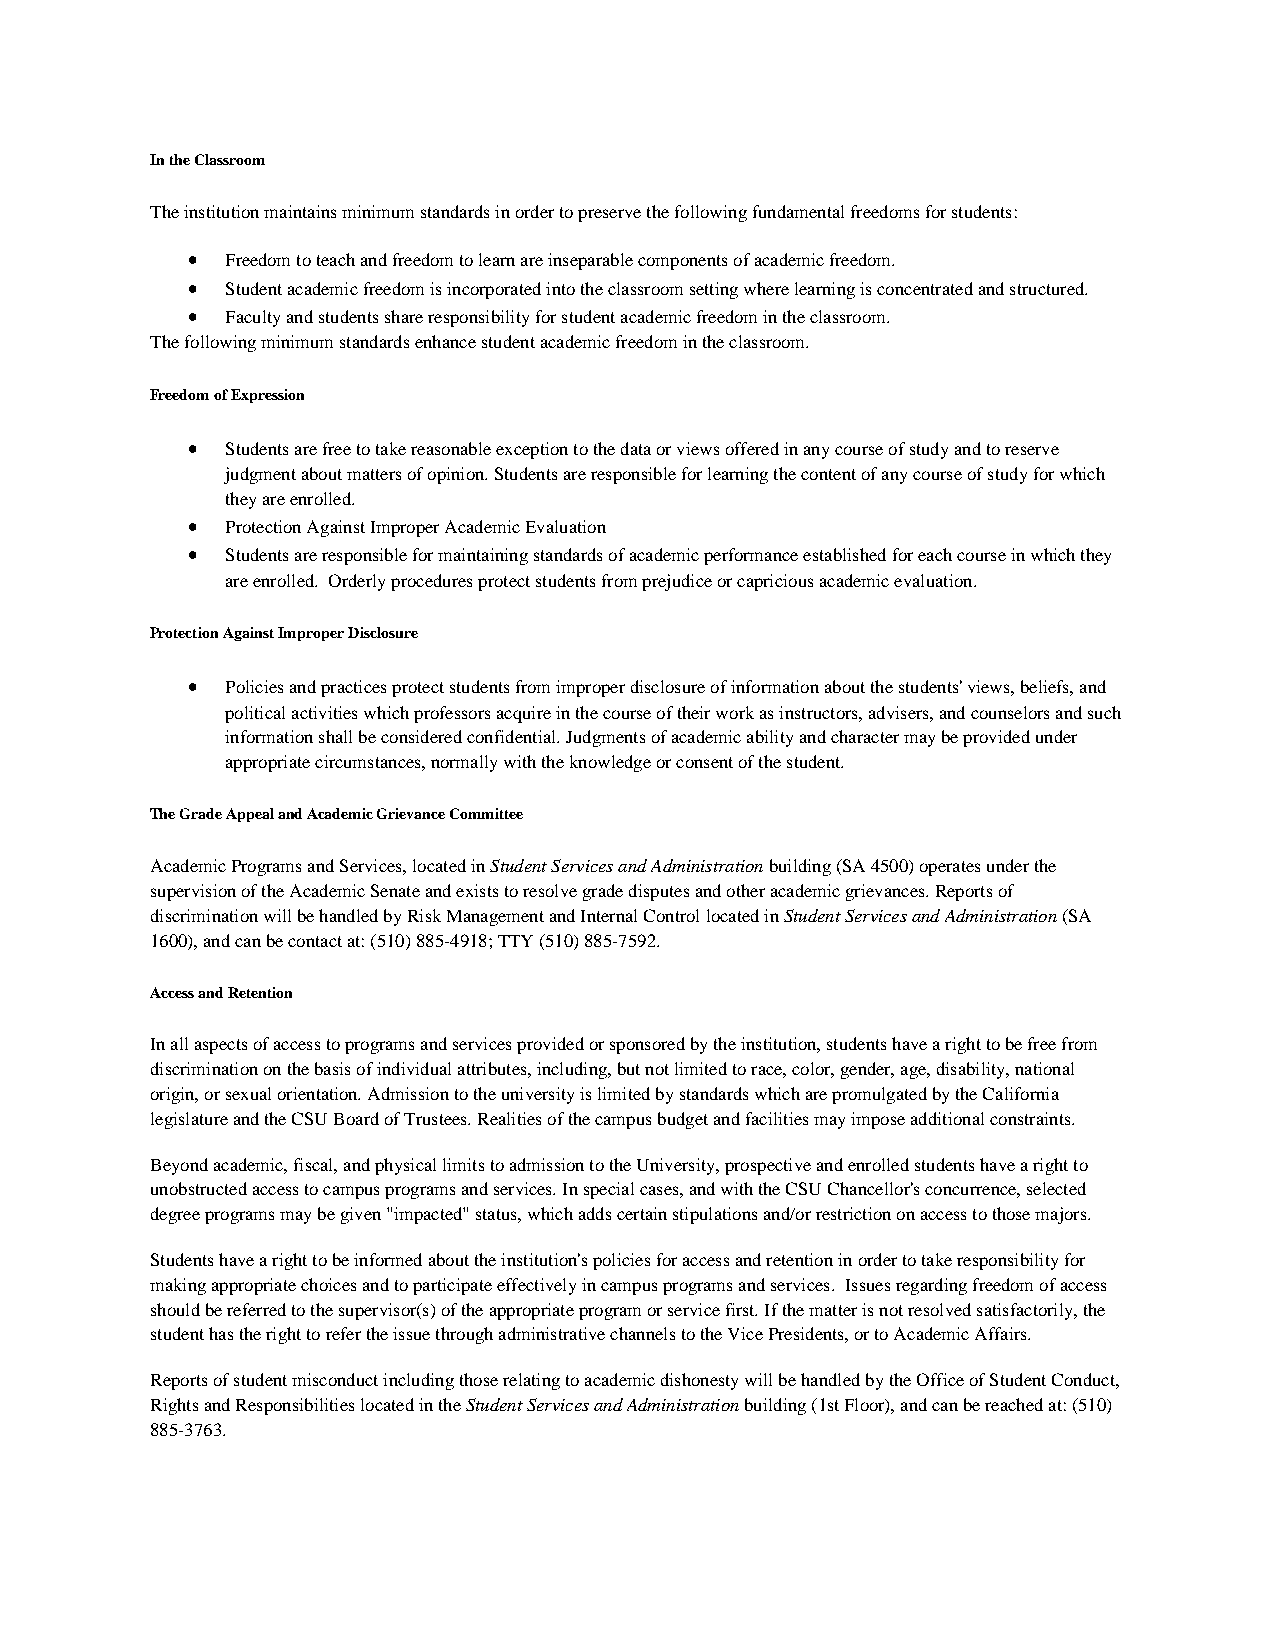
In the Classroom
 The institution maintains minimum standards in order to preserve the following fundamental freedoms for students:
 •  Freedom to teach and freedom to learn are inseparable components of academic freedom.
 •  Student academic freedom is incorporated into the classroom setting where learning is concentrated and structured.
 •  Faculty and students share responsibility for student academic freedom in the classroom.
 The following minimum standards enhance student academic freedom in the classroom.
 Freedom of Expression
 •  Students are free to take reasonable exception to the data or views offered in any course of study and to reserve
 judgment about matters of opinion. Students are responsible for learning the content of any course of study for which
 they are enrolled.
 •  Protection Against Improper Academic Evaluation
 •  Students are responsible for maintaining standards of academic performance established for each course in which they
 are enrolled. Orderly procedures protect students from prejudice or capricious academic evaluation.
 Protection Against Improper Disclosure
 •  Policies and practices protect students from improper disclosure of information about the students' views, beliefs, and
 political activities which professors acquire in the course of their work as instructors, advisers, and counselors and such
 information shall be considered confidential. Judgments of academic ability and character may be provided under
 appropriate circumstances, normally with the knowledge or consent of the student.
 The Grade Appeal and Academic Grievance Committee
 Academic Programs and Services, located in Student Services and Administration building (SA 4500) operates under the
 supervision of the Academic Senate and exists to resolve grade disputes and other academic grievances. Reports of
 discrimination will be handled by Risk Management and Internal Control located in Student Services and Administration (SA
 1600), and can be contact at: (510) 885-4918; TTY (510) 885-7592.
 Access and Retention
 In all aspects of access to programs and services provided or sponsored by the institution, students have a right to be free from
 discrimination on the basis of individual attributes, including, but not limited to race, color, gender, age, disability, national
 origin, or sexual orientation. Admission to the university is limited by standards which are promulgated by the California
 legislature and the CSU Board of Trustees. Realities of the campus budget and facilities may impose additional constraints.
 Beyond academic, fiscal, and physical limits to admission to the University, prospective and enrolled students have a right to
 unobstructed access to campus programs and services. In special cases, and with the CSU Chancellor's concurrence, selected
 degree programs may be given "impacted" status, which adds certain stipulations and/or restriction on access to those majors.
 Students have a right to be informed about the institution's policies for access and retention in order to take responsibility for
 making appropriate choices and to participate effectively in campus programs and services. Issues regarding freedom of access
 should be referred to the supervisor(s) of the appropriate program or service first. If the matter is not resolved satisfactorily, the
 student has the right to refer the issue through administrative channels to the Vice Presidents, or to Academic Affairs.
 Reports of student misconduct including those relating to academic dishonesty will be handled by the Office of Student Conduct,
 Rights and Responsibilities located in the Student Services and Administration building (1st Floor), and can be reached at: (510)
 885-3763.